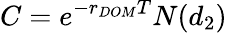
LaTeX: C=e^{-r_{DOM}T}N(d_{2})